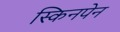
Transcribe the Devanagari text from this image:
स्किनपेन